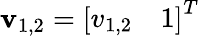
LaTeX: \mathbf{v}_{1,2}=\left[\begin{array}{ll}{v_{1,2}}&{1}\end{array}\right]^{T}